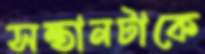
সন্তানটাকে